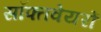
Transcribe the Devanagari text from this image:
सॉफ्तवेयरों